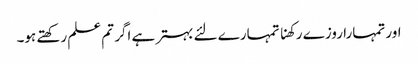
اور تمہارا روزے رکھنا تمہارے لئے بہتر ہے اگر تم علم رکھتے ہو۔